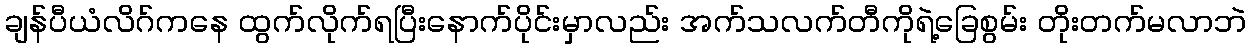
ချန်ပီယံလိဂ်ကနေ ထွက်လိုက်ရပြီးနောက်ပိုင်းမှာလည်း အက်သလက်တီကိုရဲ့ခြေစွမ်း တိုးတက်မလာဘဲ